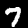
Label: 7